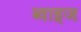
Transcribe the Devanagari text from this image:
ब्वाइज